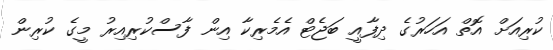
ކުރިއަށް އޮތް އަހަރުގެ ދިފާއީ ބަޖެޓް އެމެރިކާ އިން ފާސްކުރިއިރު މީގެ ކުރިން